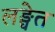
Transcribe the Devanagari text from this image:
लङ्घेत